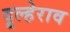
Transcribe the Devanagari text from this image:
दूल्हेराव